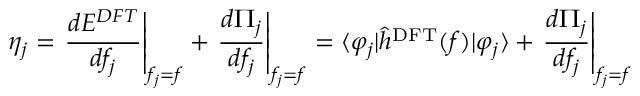
\eta _ { j } = \left. \frac { d E ^ { D F T } } { d f _ { j } } \right\rvert _ { f _ { j } = f } + \left. \frac { d \Pi _ { j } } { d f _ { j } } \right\rvert _ { f _ { j } = f } = \langle \varphi _ { j } \rvert \hat { h } ^ { \mathrm { D F T } } ( f ) \lvert \varphi _ { j } \rangle + \left. \frac { d \Pi _ { j } } { d f _ { j } } \right\rvert _ { f _ { j } = f }